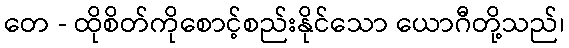
တေ - ထိုစိတ်ကိုစောင့်စည်းနိုင်သော ယောဂီတို့သည်၊